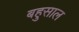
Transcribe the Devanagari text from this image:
बहुसाल